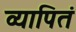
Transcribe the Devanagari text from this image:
व्यापितं